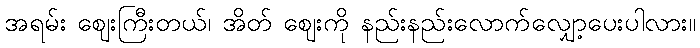
အရမ်း ဈေးကြီးတယ်၊ အိတ် ဈေးကို နည်းနည်းလောက်လျှော့ပေးပါလား။